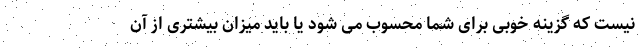
نیست که گزینه خوبی برای شما محسوب می شود یا باید میزان بیشتری از آن